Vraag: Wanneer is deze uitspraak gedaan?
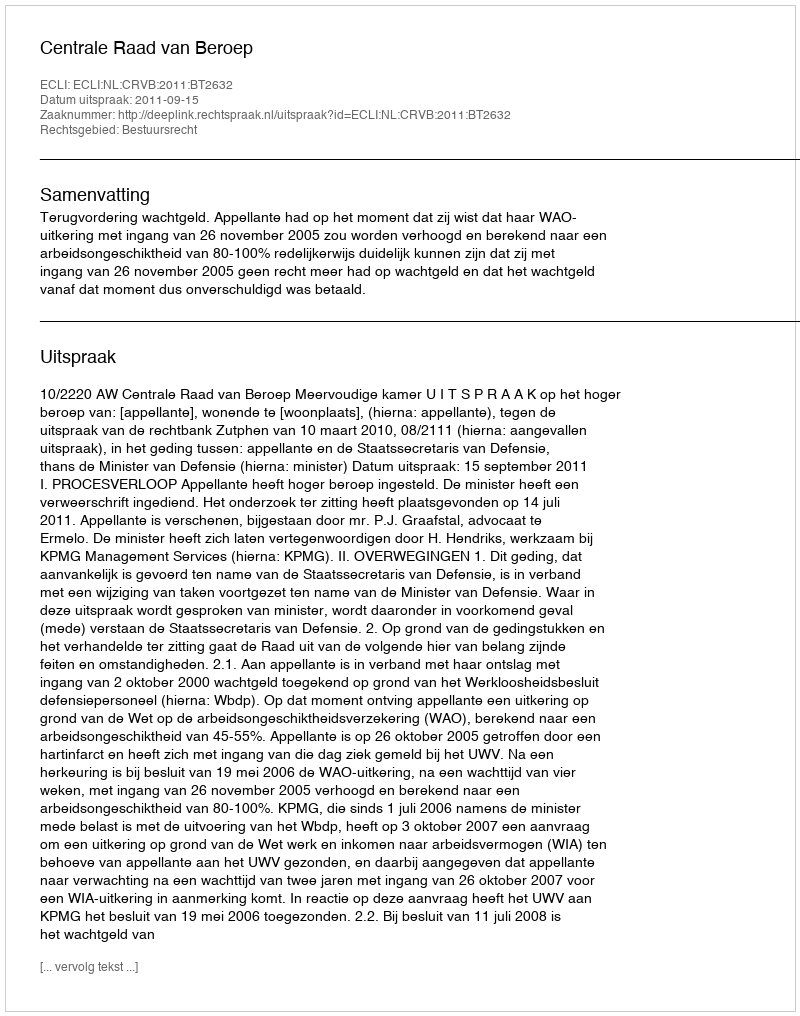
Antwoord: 2011-09-15